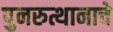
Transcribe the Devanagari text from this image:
पुनरुत्थानाचे